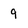
Character: 9